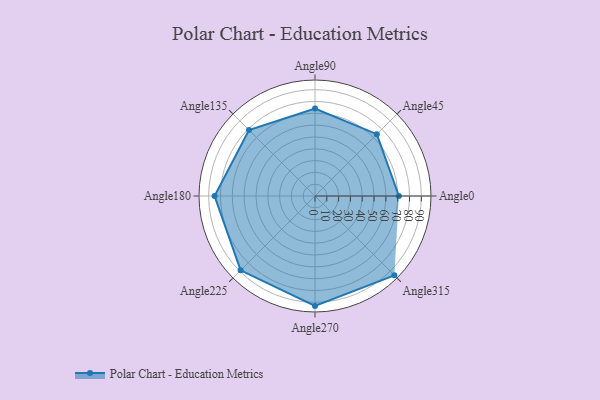
{"axis": {"x": "Angle", "y": "Radius"}, "legend": [""], "data": [{"x": "Angle0", "y": 71.0, "type": ""}, {"x": "Angle45", "y": 74.0, "type": ""}, {"x": "Angle90", "y": 74.0, "type": ""}, {"x": "Angle135", "y": 79.0, "type": ""}, {"x": "Angle180", "y": 85.0, "type": ""}, {"x": "Angle225", "y": 89.0, "type": ""}, {"x": "Angle270", "y": 93.0, "type": ""}, {"x": "Angle315", "y": 95.0, "type": ""}]}